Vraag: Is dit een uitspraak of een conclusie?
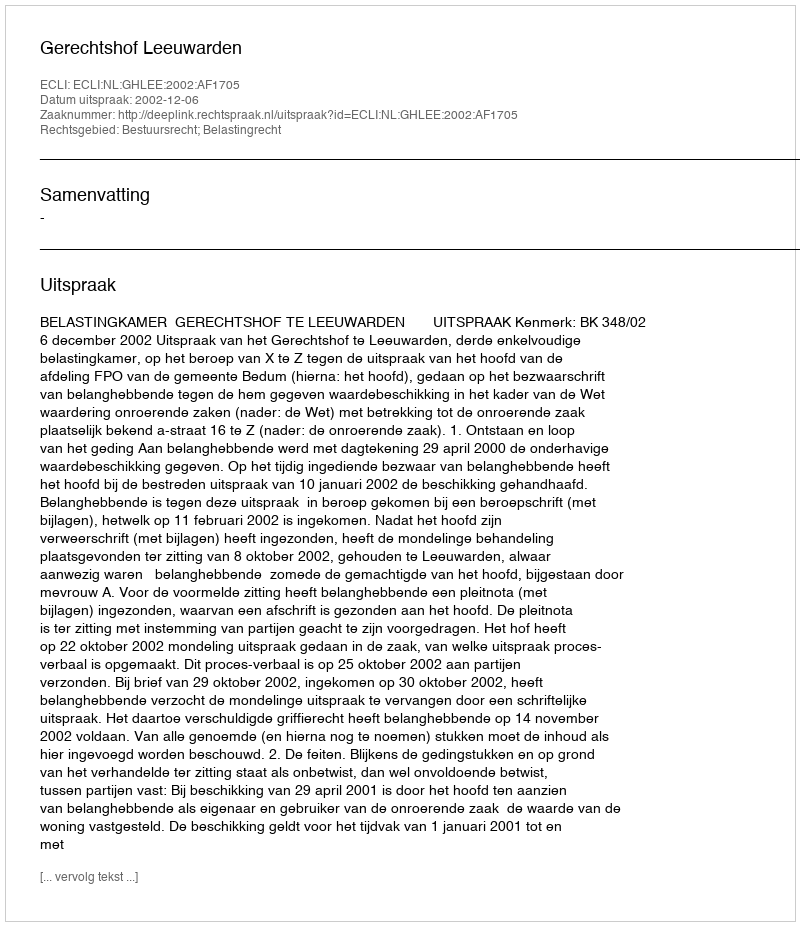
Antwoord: Uitspraak